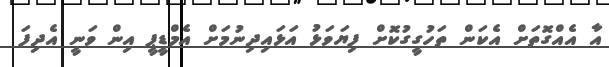
އާ އެއްގޮތަށް އެކަން ތަހުގީގުކޮށް ފިޔަވަޅު އަޅައިދިނުމަށް އެމްޑީޕީ އިން ވަނީ އެދިފަ